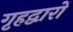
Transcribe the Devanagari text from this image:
गृहद्वारों